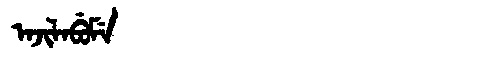
Manchu: ᠠᠵᡳᠯᠠᠪᡠᠮᡝ
Romanization: AJILABUME